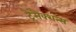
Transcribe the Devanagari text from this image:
ट्रैंसैक्शन्स